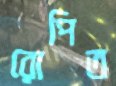
রোপিত